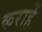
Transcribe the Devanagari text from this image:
कराहें